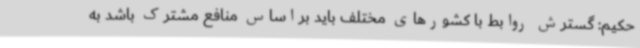
حکیم: گسترش روابط با کشورهای مختلف باید براساس منافع مشترک باشد به